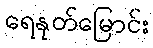
ရေနုတ်မြောင်း